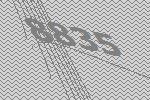
8835